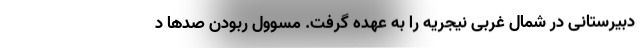
دبیرستانی در شمال غربی نیجریه را به عهده گرفت. مسوول ربودن صدها د